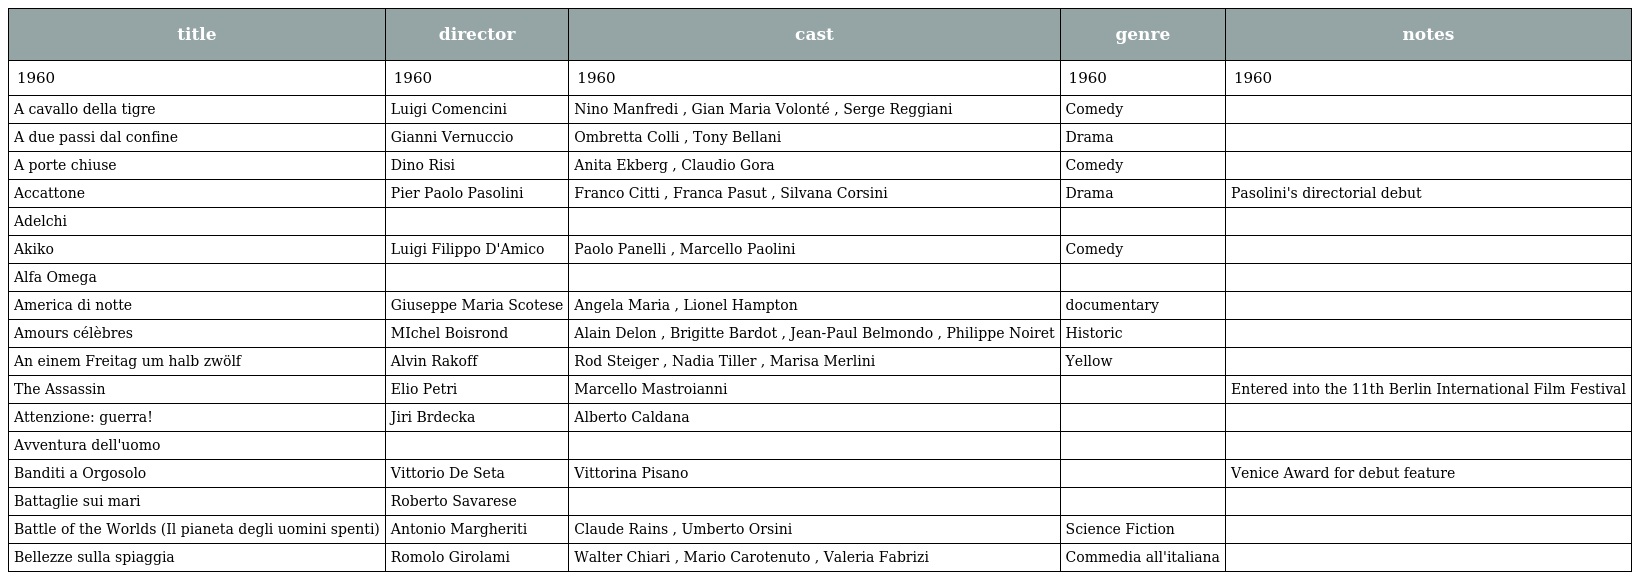
| title | director | cast | genre | notes |
 | --- | --- | --- | --- | --- |
 | 1960 | 1960 | 1960 | 1960 | 1960 |
 | A cavallo della tigre | Luigi Comencini | Nino Manfredi , Gian Maria Volonté , Serge Reggiani | Comedy |  |
 | A due passi dal confine | Gianni Vernuccio | Ombretta Colli , Tony Bellani | Drama |  |
 | A porte chiuse | Dino Risi | Anita Ekberg , Claudio Gora | Comedy |  |
 | Accattone | Pier Paolo Pasolini | Franco Citti , Franca Pasut , Silvana Corsini | Drama | Pasolini's directorial debut |
 | Adelchi |  |  |  |  |
 | Akiko | Luigi Filippo D'Amico | Paolo Panelli , Marcello Paolini | Comedy |  |
 | Alfa Omega |  |  |  |  |
 | America di notte | Giuseppe Maria Scotese | Angela Maria , Lionel Hampton | documentary |  |
 | Amours célèbres | MIchel Boisrond | Alain Delon , Brigitte Bardot , Jean-Paul Belmondo , Philippe Noiret | Historic |  |
 | An einem Freitag um halb zwölf | Alvin Rakoff | Rod Steiger , Nadia Tiller , Marisa Merlini | Yellow |  |
 | The Assassin | Elio Petri | Marcello Mastroianni |  | Entered into the 11th Berlin International Film Festival |
 | Attenzione: guerra! | Jiri Brdecka | Alberto Caldana |  |  |
 | Avventura dell'uomo |  |  |  |  |
 | Banditi a Orgosolo | Vittorio De Seta | Vittorina Pisano |  | Venice Award for debut feature |
 | Battaglie sui mari | Roberto Savarese |  |  |  |
 | Battle of the Worlds (Il pianeta degli uomini spenti) | Antonio Margheriti | Claude Rains , Umberto Orsini | Science Fiction |  |
 | Bellezze sulla spiaggia | Romolo Girolami | Walter Chiari , Mario Carotenuto , Valeria Fabrizi | Commedia all'italiana |  |